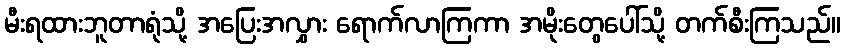
မီးရထားဘူတာရုံသို့ အပြေးအလွှား ရောက်လာကြကာ အမိုးတွေပေါ်သို့ တက်စီးကြသည်။